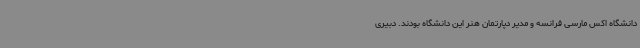
دانشگاه اکس مارسی فرانسه و مدیر دپارتمان هنر این دانشگاه بودند. دبیری